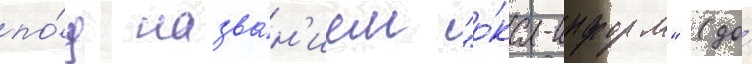
по́д назва́н'ием "о́ка-информ" (до́